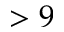
> 9